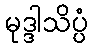
မုဒ္ဒါသိပ္ပံ